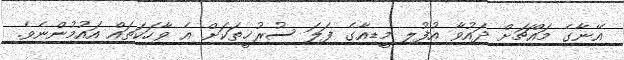
އޭނާގެ މައްޗަށް ދައުވާ އުފުލި މީޑިއާގެ ފަލަ ސުރުޚީތަކަށް އެ ވާހަކަތައް އައުމުންނެވެ.